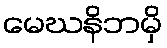
မေဃနိဘမှိ